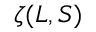
\zeta ( L , S )